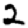
Digit: 2